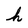
Character: h